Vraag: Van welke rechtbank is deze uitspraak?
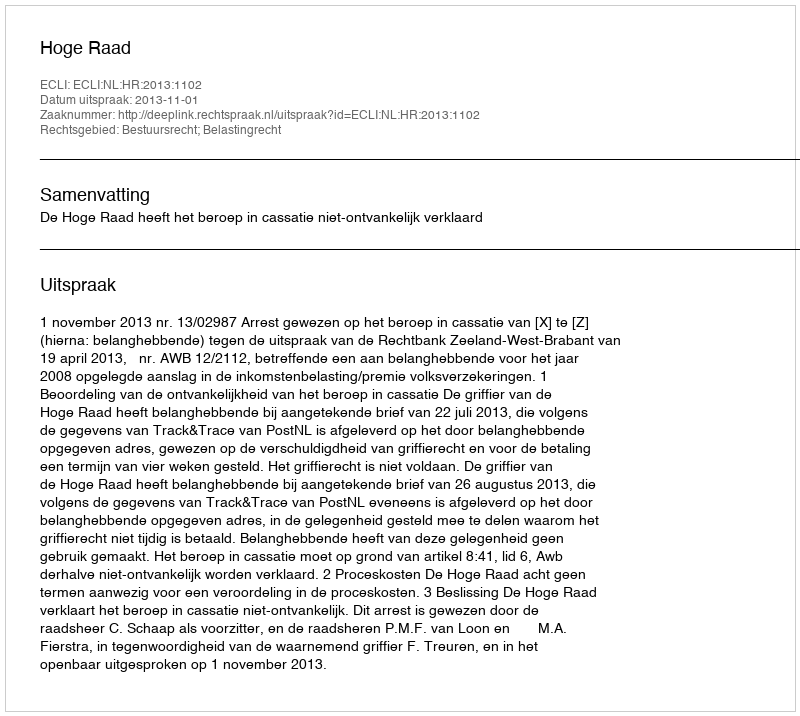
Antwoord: Hoge Raad